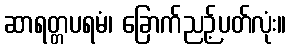
ဆာရတ္တပရမံ၊ ခြောက်ညဉ့်ပတ်လုံး။